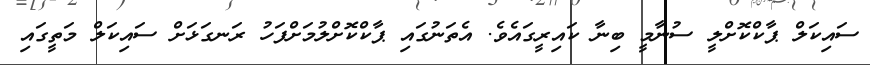
ސައިކަލް ޕާކްކޮށްލީ ސުނާމީ ބިނާ ކައިރީގައެވެ. އެތަނުގައި ޕާކްކޮށްލުމަށްފަހު ރަނގަޅަށް ސައިކަލް މަތީގައި